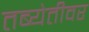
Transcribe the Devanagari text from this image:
तब्येतीवर